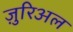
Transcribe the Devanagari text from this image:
ज़ुरिअल